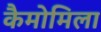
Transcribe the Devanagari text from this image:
कैमोमिला